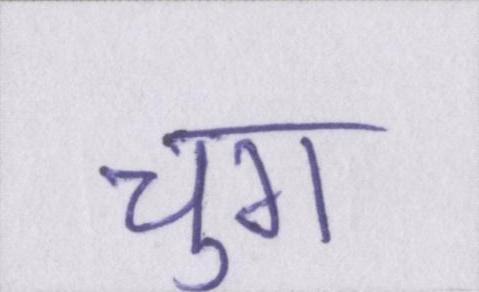
चुग